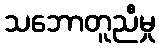
သဘောတူညီမှု